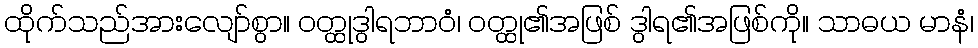
ထိုက်သည်အားလျော်စွာ။ ဝတ္ထုဒွါရဘာဝံ၊ ဝတ္ထု၏အဖြစ် ဒွါရ၏အဖြစ်ကို။ သာဓယ မာနံ၊